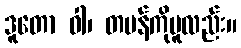
ဒူတော ဝါ၊ တမန်ကိုမူလည်း။